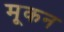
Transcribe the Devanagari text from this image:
मूकन